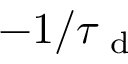
- 1 / \tau _ { \mathrm { ~ d ~ } }